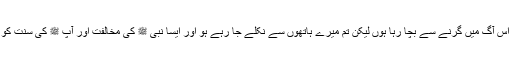
آپ ﷺ فرما رہے ہیں کہ میں تمہیں اس آگ میں گرنے سے بچا رہا ہوں لیکن تم میرے ہاتھوں سے نکلے جا رہے ہو اور ایسا نبی ﷺ کی مخالفت اور آپ ﷺ کی سنت کو ترک کرنے کی وجہ سے ہوتا ہے۔